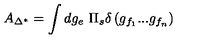
A _ { \Delta ^ { * } } = \int d g _ { e } \ \Pi _ { s } \delta \left( g _ { f _ { 1 } } . . . g _ { f _ { n } } \right)